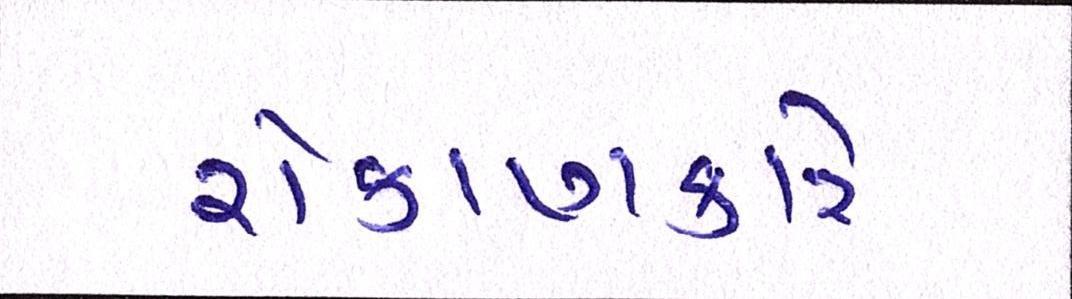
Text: રોકાણકારે